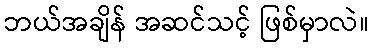
ဘယ်အချိန် အဆင်သင့် ဖြစ်မှာလဲ။